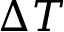
\Delta T